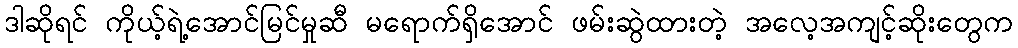
ဒါဆိုရင် ကိုယ့်ရဲ့အောင်မြင်မှုဆီ မရောက်ရှိအောင် ဖမ်းဆွဲထားတဲ့ အလေ့အကျင့်ဆိုးတွေက